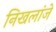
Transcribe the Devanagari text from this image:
निखलांजे